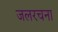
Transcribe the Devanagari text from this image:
जलरचना